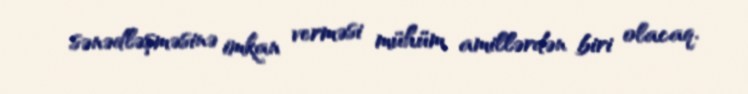
sənədləşməsinə imkan verməsi mühüm amillərdən biri olacaq.